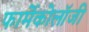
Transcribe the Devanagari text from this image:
फार्मेकोलॉजी